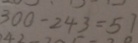
3 0 0 - 2 4 3 = 5 7